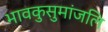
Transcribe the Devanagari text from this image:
भावकुसुमांजलि